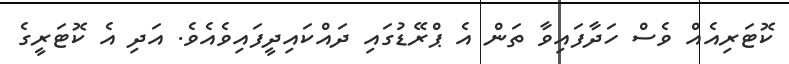
ކޮޓަރިއެއް ވެސް ހަދާފައިވާ ތަން އެ ޕްރޭޑުގައި ދައްކައިދީފައިވެއެވެ. އަދި އެ ކޮޓަރީގެ